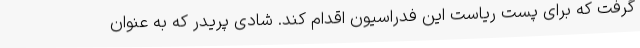
گرفت که برای پست ریاست این فدراسیون اقدام کند. شادی پریدر که به عنوان